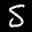
Label: 5